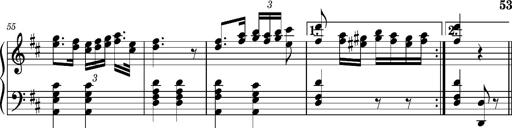
Title: Ungarischer Romanzero
Composer: Franz Liszt